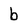
Character: b